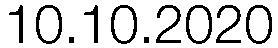
10.10.2020